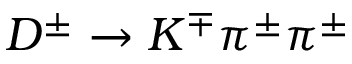
D ^ { \pm } \rightarrow K ^ { \mp } \pi ^ { \pm } \pi ^ { \pm }